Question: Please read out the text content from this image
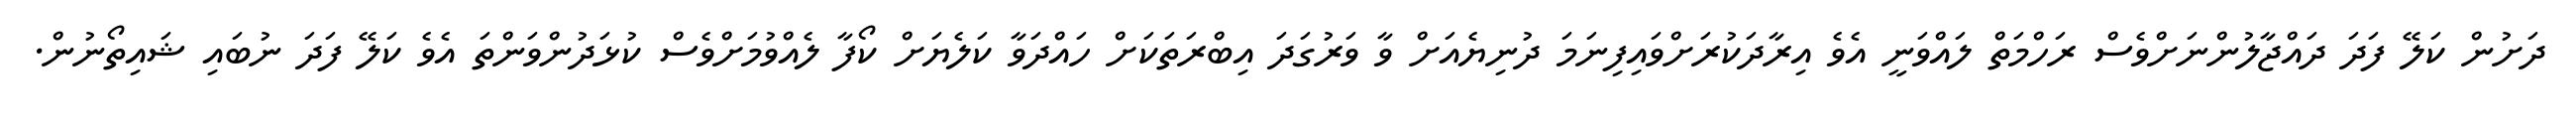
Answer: ދަށުން ކަލޭ ފަދަ ދައްޖާލުންނަށްވެސް ރަހްމަތް ލައްވަނީ އެވެ އިރާދަކުރަށްވައިފިނަމަ ދުނިޔެއަށް ވާ ވަރުގަދަ އިބްރަތަކަށް ހައްދަވާ ކަލެޔަށް ކޯފާ ލެއްވުމަށްވެސް ކުޅަދުންވަންތަ އެވެ ކަލޭ ފަދަ ނުބައި ޝައިތޯނުން.